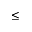
\le